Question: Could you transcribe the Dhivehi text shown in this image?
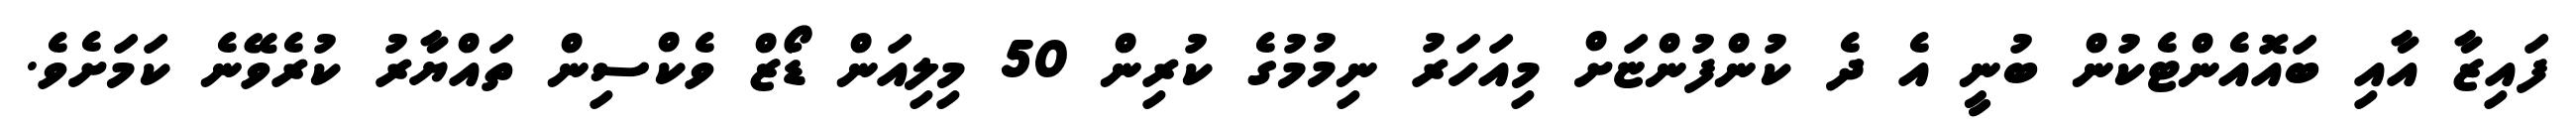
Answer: ފައިޒާ އާއި ބައޮއެންޓެކުން ބުނީ އެ ދެ ކުންފުންޏަށް މިއަހަރު ނިމުމުގެ ކުރިން 50 މިލިއަން ޑޯޒް ވެކްސިން ތައްޔާރު ކުރެވޭނެ ކަމަށެވެ.